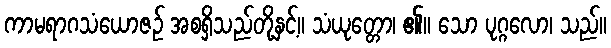
ကာမရာဂသံယောဇဉ် အစရှိသည်တို့နှင့်။ သံယုတ္တော၊ ၏။ သော ပုဂ္ဂလော၊ သည်။